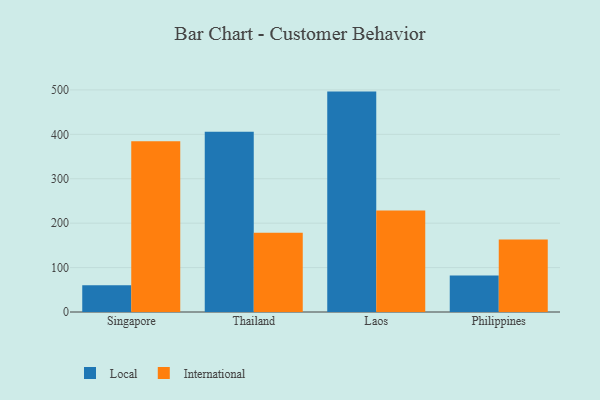
{"axis": {"x": "Country", "y": "Headcount"}, "legend": ["International", "Local"], "data": [{"x": "Singapore", "y": 60.5, "type": "Local"}, {"x": "Singapore", "y": 384.6, "type": "International"}, {"x": "Thailand", "y": 405.9, "type": "Local"}, {"x": "Thailand", "y": 178.2, "type": "International"}, {"x": "Laos", "y": 496.2, "type": "Local"}, {"x": "Laos", "y": 228.5, "type": "International"}, {"x": "Philippines", "y": 82.0, "type": "Local"}, {"x": "Philippines", "y": 163.3, "type": "International"}]}